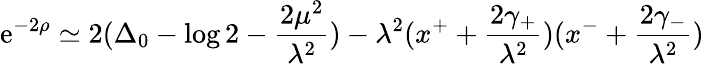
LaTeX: \mathrm{e}^{-2\rho}\simeq2(\Delta_{0}-\log2-\frac{{2\mu^{2}}}{{\lambda^{2}}})-\lambda^{2}(x^{+}+\frac{{2\gamma_{+}}}{{\lambda^{2}}})(x^{-}+\frac{{2\gamma_{-}}}{{\lambda^{2}}})